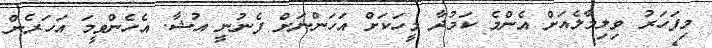
މިފަހަރު ވިލިމާލެއަށް އެންމެ ކަމުދާ މީހަކަށް އަހަންނަށް ފެނުނީ އުޝާ. އެހެންވީމަ އަހަރެން